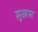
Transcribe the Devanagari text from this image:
सुखस